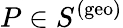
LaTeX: P\in S^{(\mathrm{geo})}